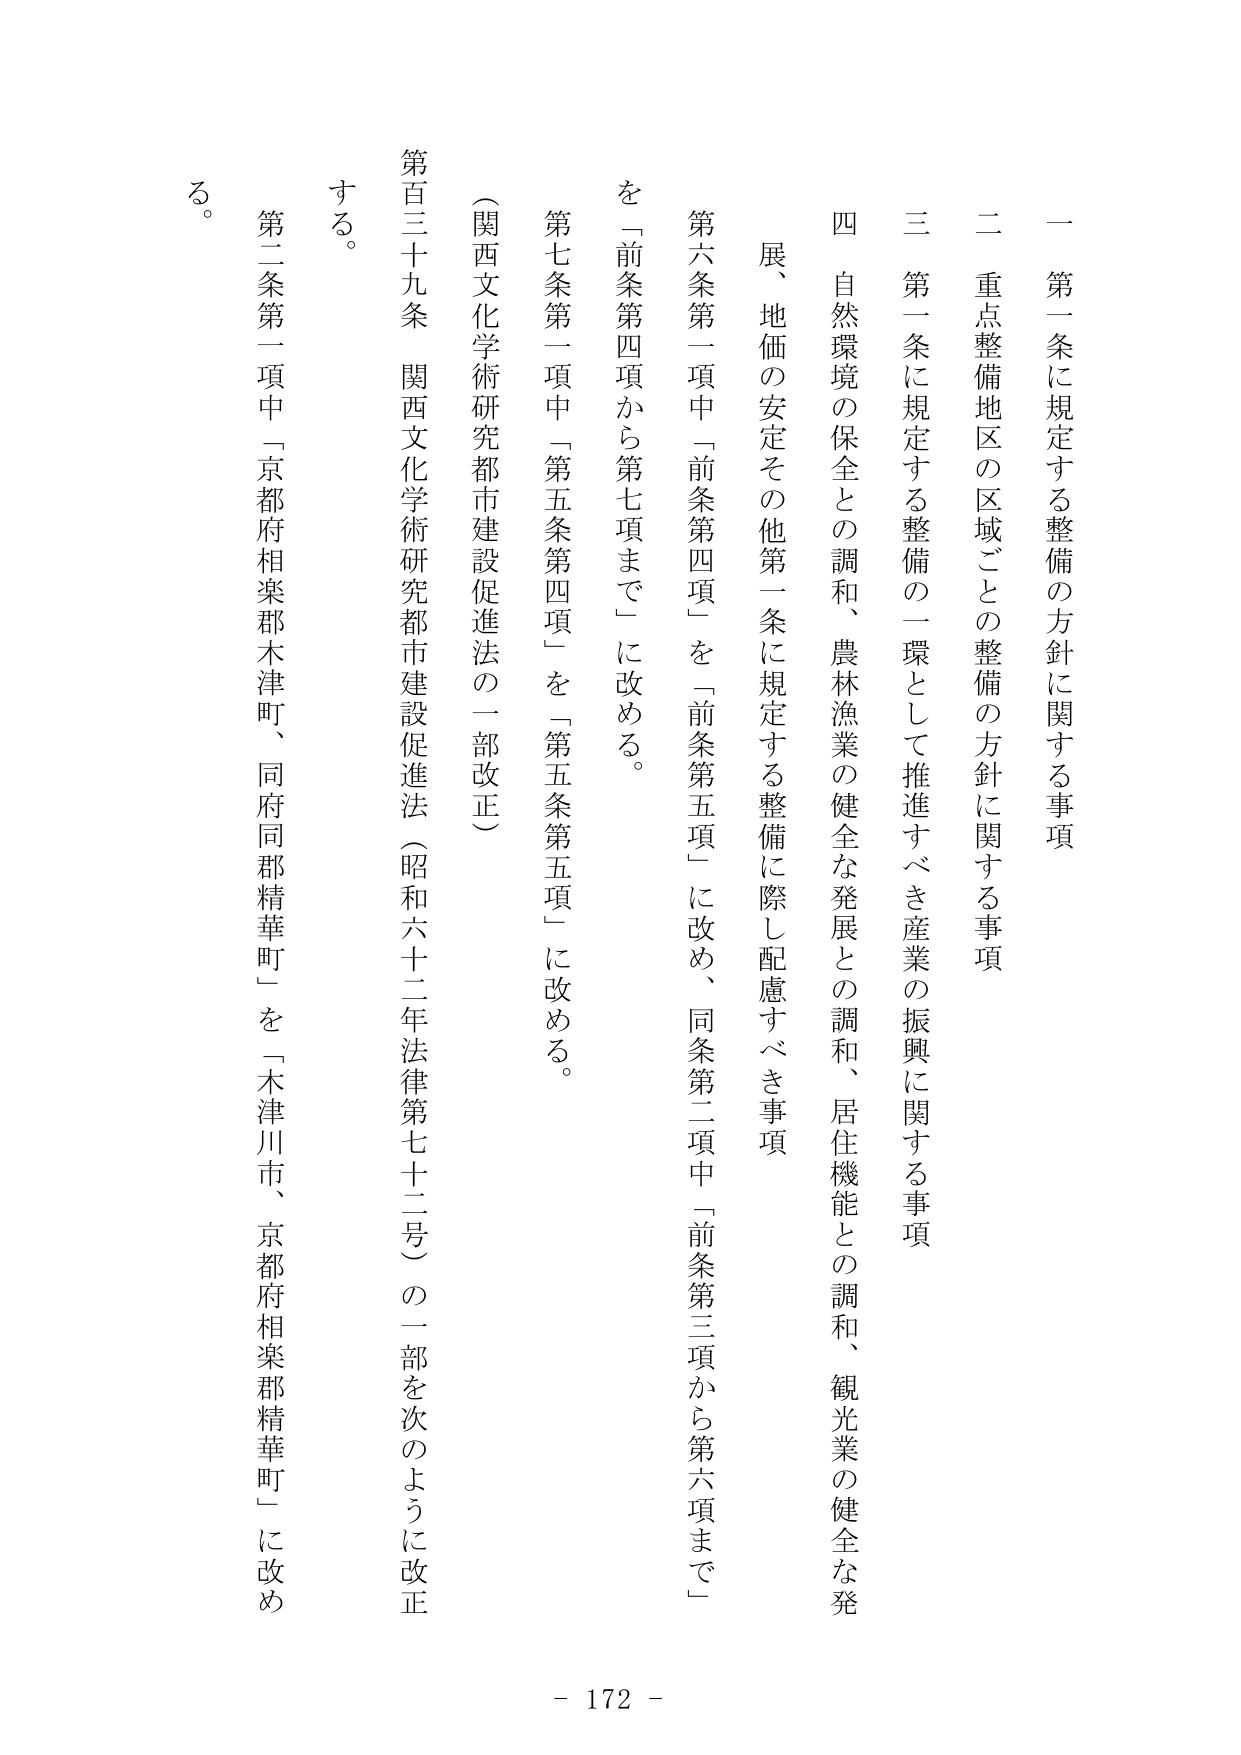
一 第一条に規定する整備の方針に関する事項
二 重点整備地区の区域ごとの整備の方針に関する事項
三 第一条に規定する整備の一環として推進すべき産業の振興に関する事項
四 自然環境の保全との調和、農林漁業の健全な発展との調和、居住機能との調和、観光業の健全な発展、地価の安定その他第一条に規定する整備に際し配慮すべき事項

第六条第一項中「前条第四項」を「前条第五項」に改め、同条第二項中「前条第三項から第六項まで」を「前条第四項から第七項まで」に改める。
第七条第一項中「第五条第四項」を「第五条第五項」に改める。

（関西文化学術研究都市建設促進法の一部改正）
第百三十九条 関西文化学術研究都市建設促進法（昭和六十二年法律第七十二号）の一部を次のように改正する。
第二条第一項中「京都府相楽郡木津町、同府同郡精華町」を「木津川市、京都府相楽郡精華町」に改める。